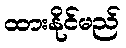
ထားနိုင်မည်